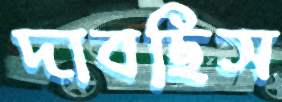
দাবছিস